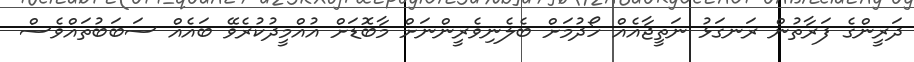
ދަރީންގެ ފަރާތުން ރަނގަޅު ނަތީޖާއެއް ހޯދުމަށް ބެލެނިވެރީންނަށް މާބޮޑަށް އުއްމީދުކުރެވޭ ބައެއް ސަބަބުތައްވެސް